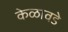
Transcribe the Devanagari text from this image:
केळावडे